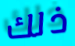
ذلك